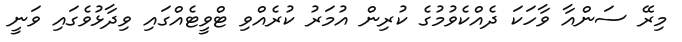
މިރޭ ސަންއާ ވާހަކަ ދެއްކެވުމުގެ ކުރިން އުމަރު ކުރެއްވި ޓްވީޓެއްގައި ވިދާޅުވެގައި ވަނީ